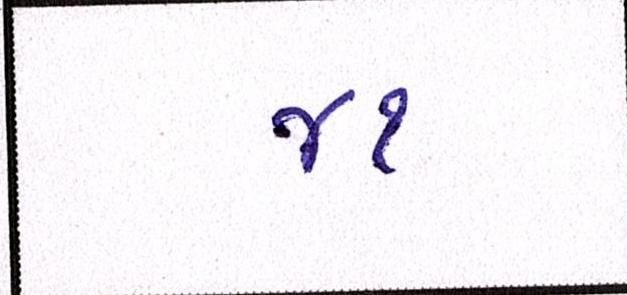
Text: ૪૧